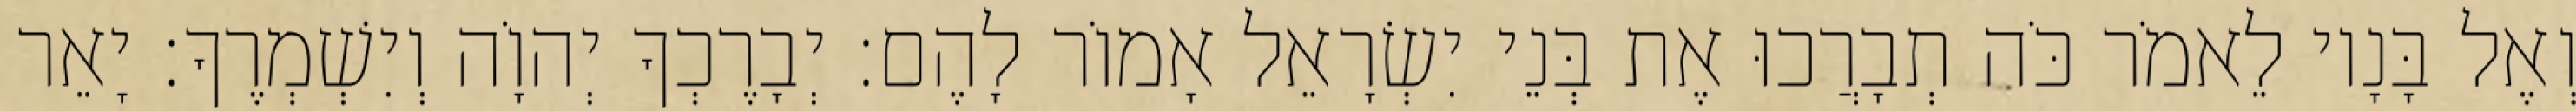
וְאֶל בָּנָיו לֵאמֹר כֹּה תְבָרֲכוּ אֶת בְּנֵי יִשְׂרָאֵל אָמוֹר לָהֶם׃ יְבָרֶכְךָ יְהוָֹה וְיִשְׁמְרֶךָ׃ יָאֵר